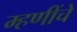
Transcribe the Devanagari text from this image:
म्हणींचे